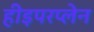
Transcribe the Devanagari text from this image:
हीइपरप्लेन